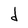
Character: d